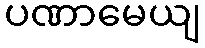
ပဏာမေယျ